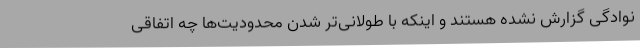
نوادگی گزارش نشده هستند و اینکه با طولانی‌تر شدن محدودیت‌ها چه اتفاقی